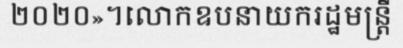
២០២០»។លោកឧបនាយករដ្ឋមន្ត្រី